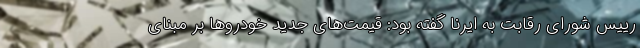
رییس شورای رقابت به ایرنا گفته بود: قیمت‌های جدید خودروها بر مبنای